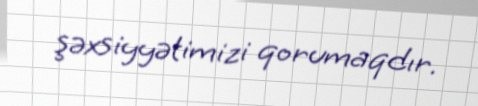
şəxsiyyətimizi qorumaqdır.